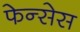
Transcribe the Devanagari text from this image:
फेन्सेस